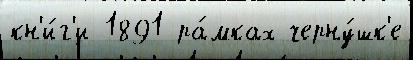
кн'и́г'и 1891 ра́мках черну́шк'е